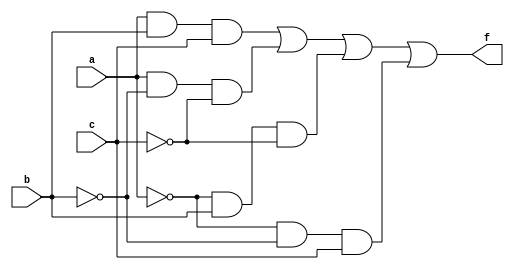
module test (a,b,c,f);
input a,b,c;
output f;


wire s1, s2, s3, s4;

assign s1 = a & b & c;
assign s2 = a & (~b) & (~c);
assign s3 = (~a) & b & (~c);
assign s4 = (~a) & (~b) & c;
assign f = s1 | s2 | s3 | s4;

endmodule